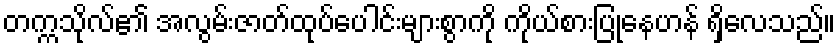
တက္ကသိုလ်၏ အလွမ်းဇာတ်ထုပ်ပေါင်းများစွာကို ကိုယ်စားပြုနေဟန် ရှိလေသည်။